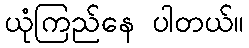
ယုံကြည်နေ ပါတယ်။